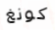
كونغ